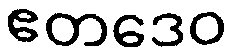
ဧတဒေဝ